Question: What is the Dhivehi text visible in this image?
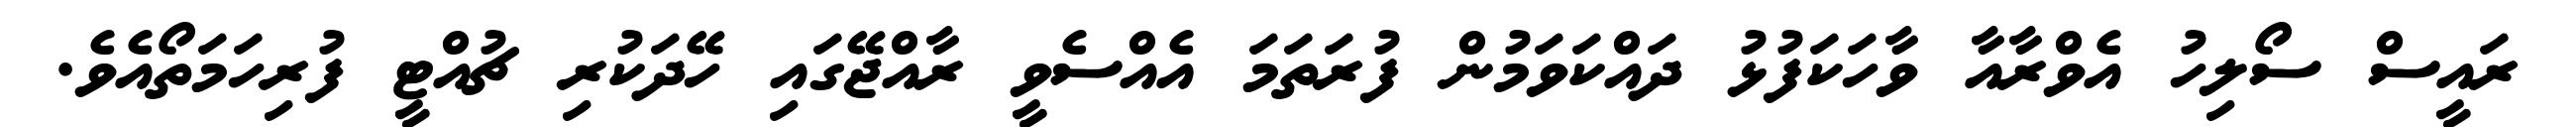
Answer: ރައީސް ސޯލިހު އެވްރާއާ ވާހަކަފުޅު ދައްކަވަމުން ފުރަތަމަ އެއްސެވީ ރާއްޖޭގައި ހޭދަކުރި ޗުއްޓީ ފުރިހަމަތޯއެވެ.